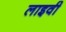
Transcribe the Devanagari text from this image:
लाइवी